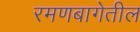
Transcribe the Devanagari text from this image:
रमणबागेतील